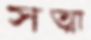
সত্মা